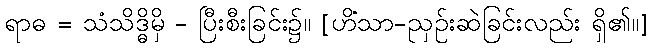
ရာဓ = သံသိဒ္ဓိမှိ - ပြီးစီးခြင်း၌။ [ဟိံသာ-ညှဉ်းဆဲခြင်းလည်း ရှိ၏။]